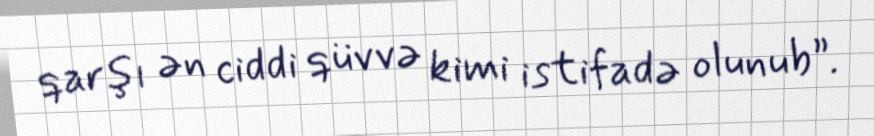
qarşı ən ciddi qüvvə kimi istifadə olunub”.